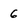
Character: 6